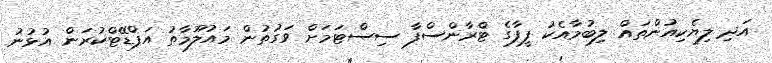
އަދި ލިޔެކިއުންތައް ލިބުމާއެކު ފީފާގެ ޓްރާންސްފާ ސިސްޓަމަށް ވަގުތުން މައުލޫމާތު އަޕްޑޭޓްކުރަން އުޅުނު